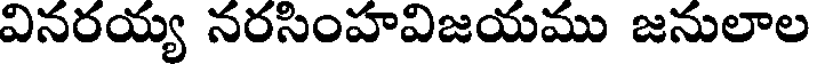
వినరయ్య నరసింహవిజయము జనులాల